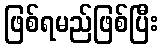
ဖြစ်ရမည်ဖြစ်ပြီး